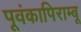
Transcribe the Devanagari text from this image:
पूवंकापिराम्बू